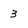
Character: 3